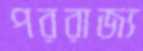
পররাজ্য